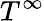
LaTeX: T^{\infty}